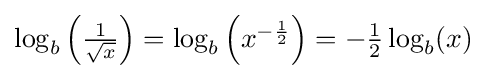
{\textstyle \log _{b}\left({\frac {1}{\sqrt {x}}}\right)=\log _{b}\left(x^{-{\frac {1}{2}}}\right)=-{\frac {1}{2}}\log _{b}(x)}